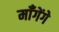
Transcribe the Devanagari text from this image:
माँगेंगे